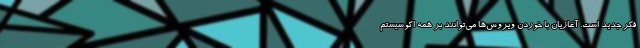
فکر جدید است. آغازیان با خوردن ویروس‌ها می‌توانند بر همه اکوسیستم